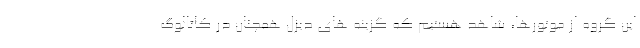
این گروه از موتورها، شاهد هستیم که گزینه های دیزل همچنان در کاتالوگ